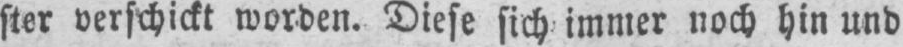
ster verschickt worden. Diese sich immer noch hin und